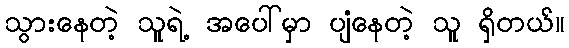
သွားနေတဲ့ သူရဲ့ အပေါ်မှာ ပျံနေတဲ့ သူ ရှိတယ်။